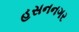
હસનનગર